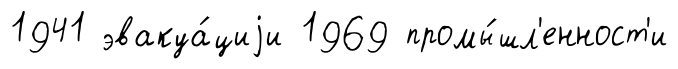
1941 эвакуа́циjи 1969 промы́шл'енност'и